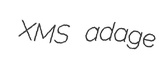
XMS adage